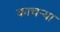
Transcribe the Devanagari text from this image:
काचऱ्या